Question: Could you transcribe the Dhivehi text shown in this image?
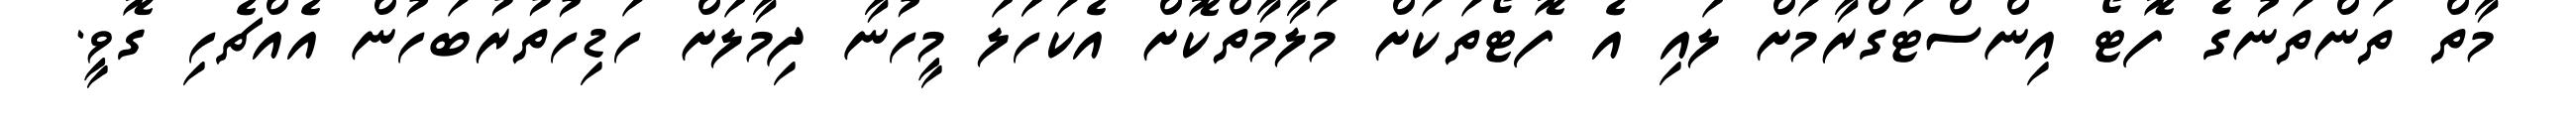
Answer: މާތް ތަންތަނުގެ ފޮޓޯ އިންސްޓަގްރާމަށް ލައި އެ ފޮޓޯތަކަށް މަލާމާތްކޮށް އެކަހަަލަ މީހުނާ ދިމާލަށް ހަޑިހުތުރުބަހުން އެއްޗެހި ގޮވީ.